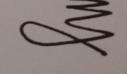
Signature authenticity: genuine